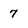
Character: 7